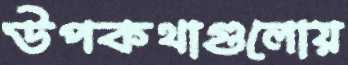
উপকথাগুলোয়